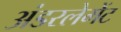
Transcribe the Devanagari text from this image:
अंडरलेमेंट